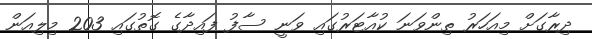
ދިރާގަށް މިއަހަރު ތިންވަނަ ކުއާޓަރުގައި ވަނީ ސާފު ފައިދާގެ ގޮތުގައި 203 މިލިއަން